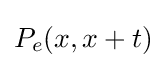
P_{e}(x,x+t)